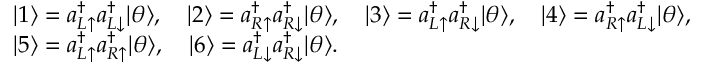
\begin{array} { r l } & { | 1 \rangle = a _ { L \uparrow } ^ { \dag } a _ { L \downarrow } ^ { \dag } | \theta \rangle , \quad | 2 \rangle = a _ { R \uparrow } ^ { \dag } a _ { R \downarrow } ^ { \dag } | \theta \rangle , \quad | 3 \rangle = a _ { L \uparrow } ^ { \dag } a _ { R \downarrow } ^ { \dag } | \theta \rangle , \quad | 4 \rangle = a _ { R \uparrow } ^ { \dag } a _ { L \downarrow } ^ { \dag } | \theta \rangle , } \\ & { | 5 \rangle = a _ { L \uparrow } ^ { \dag } a _ { R \uparrow } ^ { \dag } | \theta \rangle , \quad | 6 \rangle = a _ { L \downarrow } ^ { \dag } a _ { R \downarrow } ^ { \dag } | \theta \rangle . } \end{array}